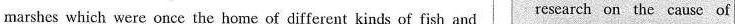
marshes which were once the home of different kinds of fish and research on the cause of